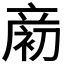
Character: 𪯨